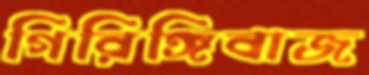
গিরিঙ্গিবাজ